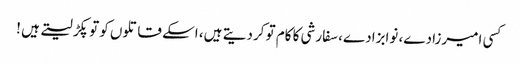
کسی امیرزادے، نوابزادے، سفارشی کا کام تو کردیتے ہیں، اسکے قاتلوں کو تو پکڑ لیتے ہیں !